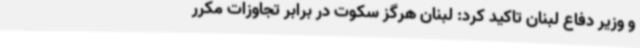
و وزیر دفاع لبنان تاکید کرد: لبنان هرگز سکوت در برابر تجاوزات مکرر